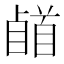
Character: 𩠥